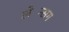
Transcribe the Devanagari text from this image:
लेन्सिंग